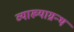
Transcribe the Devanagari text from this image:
व्याख्याग्रन्थ